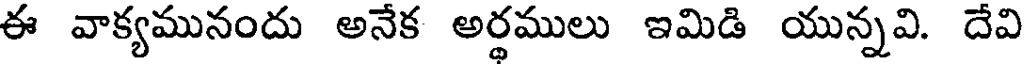
ఈ వాక్యమునందు అనేక అర్థములు ఇమిడి యున్నవి. దేవి